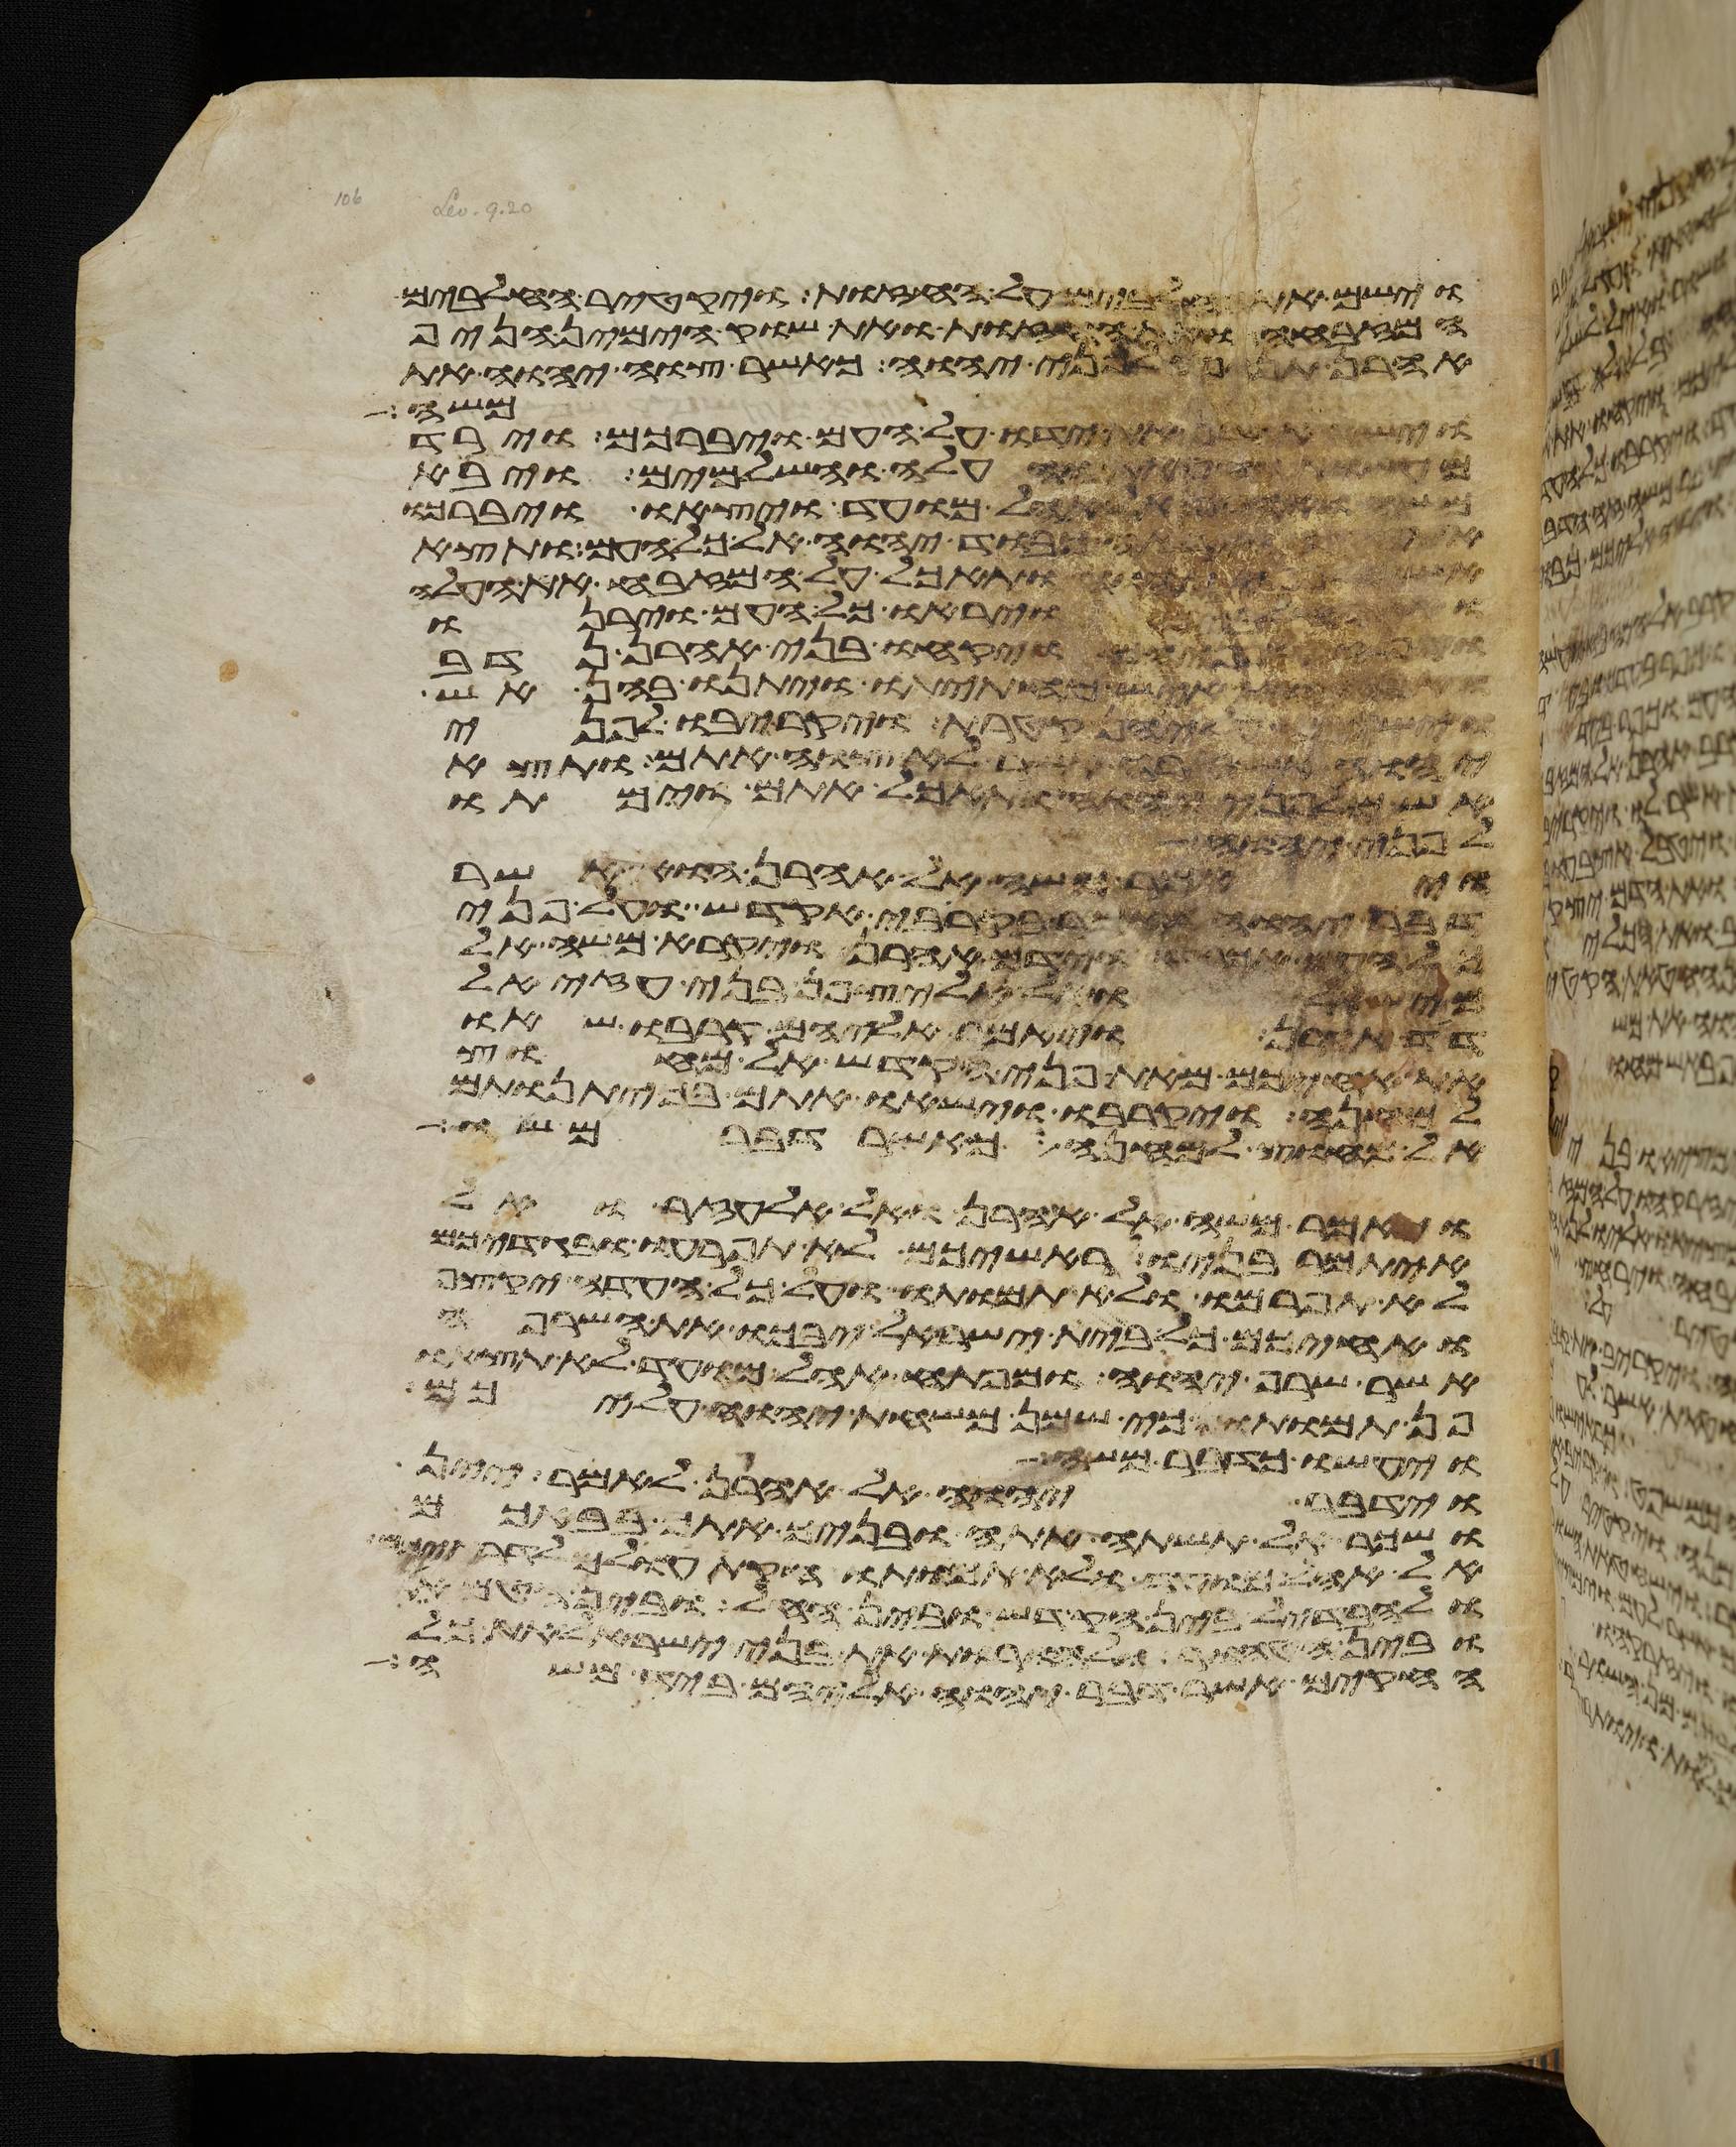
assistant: וישם את החלבים על החזות ויקטר החלבים
המזבחה ואת החזות ואת שוק הימין הניף
אהרן תנופה לפני יהוה כאשר צוה יהוה את
משה
וישא אהרן את ידו על העם ויברכם וירד
מעשות החטאת והעלה והשלמים ויבא
משה ואהרן אל אהל מועד ויצאו ויברכו
וירא כבוד יהוה אל כל העם ותצא
יהוה ותאכל על המזבח את העלה
ויראו כל העם וירנו
על פניהם ויקחו בני אהרן נדב
ואביהוא איש מחתתו ויתנו בהן אש
וישמו עליהן קטרת ויקריבו לפני
יהוה אש זרה אשר לא צוה אתם ותצא
אש מלפני יהוה ותאכל אתם וימתו
לפני יהוה
ויאמר משה אל אהרן הוא אשר
דבר יהוה לאמר בקריבי אקדש ועל פני
כל העם אכבד וידם אהרן ויקרא משה אל
מישאל ואל אליצפן בני עזיאל
דד אהרן ויאמר אליהם קרבו שאו
את אחיכם מאת פני הקדש אל מחוץ
למחנה ויקרבו וישאו אתם בכיתנותם
אל מחוץ למחנה כאשר דבר משה
ויאמר משה אל אהרן ואל אלעזר ואל
איתמר בניו ראשיכם לא תפרעו ובגדיכם
לא תפרמו ולא תמותו ועל כל העדה יקצף
ואחיכם כל בית ישראל יבכו את השרפה
אשר שרף יהוה ומפתח אהל מועד לא תצאו
פן תמותו כי שמן משחת יהוה עליכם
ויעשו כדבר משה
וידבר יהוה אל אהרן לאמר יין
ושכר אל תשתה אתה ובניך אתך בבאכם
אל אהל מועד ולא תמותו חקת עולם לדרתיכם
ולהבדיל בין הקדש ובין החל ובין הטמא
ובין הטהור ולהורות את בני ישראל את כל
החקים אשר דבר יהוה אליהם ביד משה